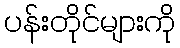
ပန်းတိုင်များကို